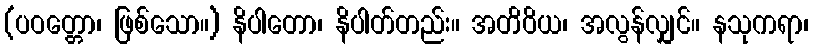
(ပဝတ္တော၊ ဖြစ်သော။) နိပါတော၊ နိပါတ်တည်း။ အတိဝိယ၊ အလွန်လျှင်။ နသုကရာ၊